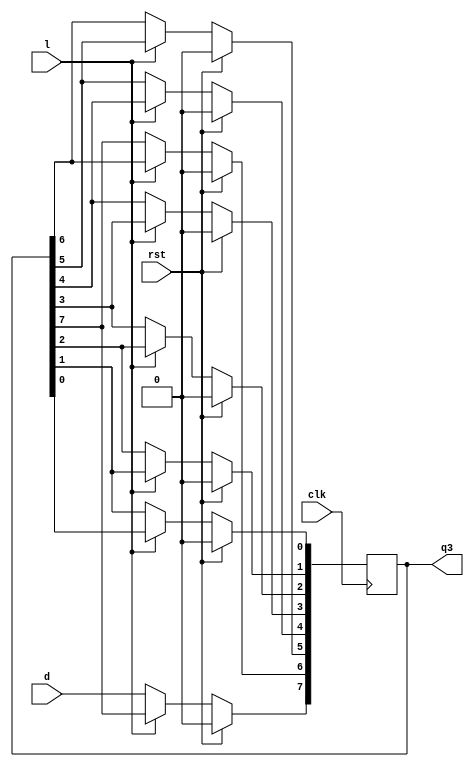
module s4(clk,rst,d,l,q3);

input clk,rst,l,d;
output reg [7:0] q3;

always @(negedge clk)
begin
if(rst)
q3<=7'd0;
else if(l)
q3<=q3;
else
begin
q3[0]<=q3[1];
q3[1]<=q3[2];
q3[2]<=q3[3];
q3[3]<=q3[4];
q3[4]<=q3[5];
q3[5]<=q3[6];
q3[6]<=q3[7];
q3[7]<=d;
end
end
endmodule